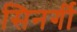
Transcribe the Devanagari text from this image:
सिनर्गी